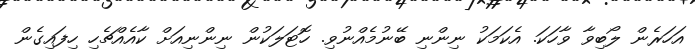
އަހަރެން ލޯބިވާ ވާހަކަ. އެކަމަކު ނިންނި ބޭނުމެއްނުވި. ހޮޓަލަކުން ނިންނިއަށް ކާއެއްޗެހި ހިފައިގެން